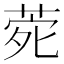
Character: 𮏑